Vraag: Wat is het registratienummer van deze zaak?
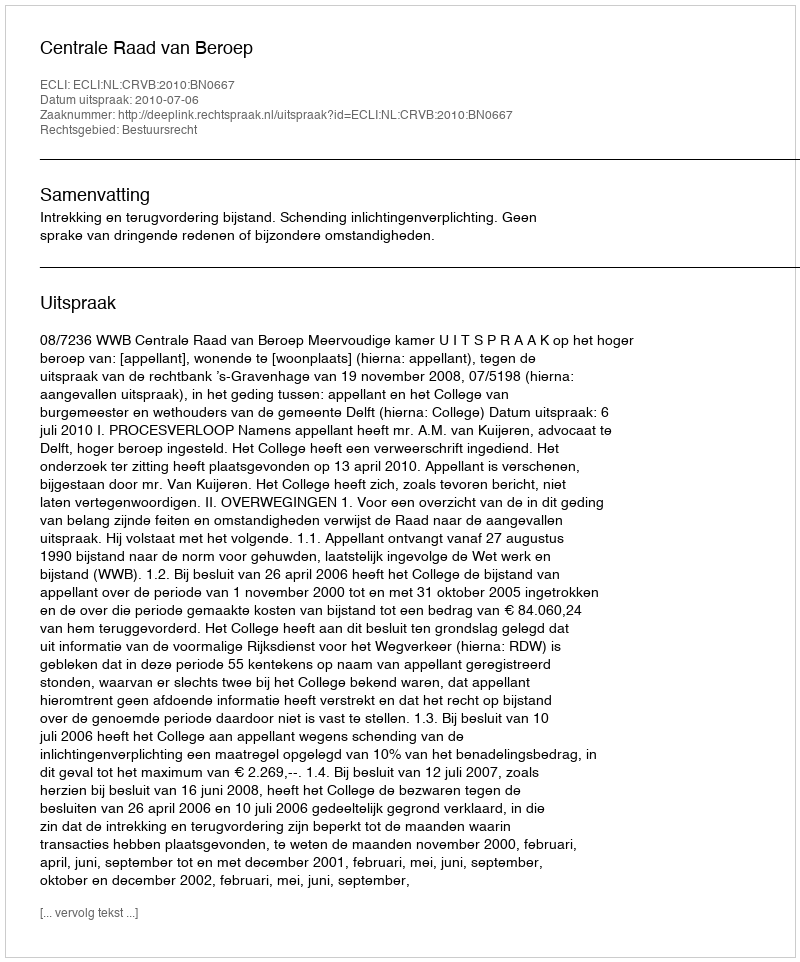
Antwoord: http://deeplink.rechtspraak.nl/uitspraak?id=ECLI:NL:CRVB:2010:BN0667